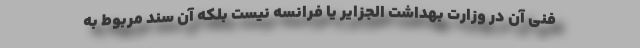
فنی آن در وزارت بهداشت الجزایر یا فرانسه نیست بلکه آن سند مربوط به